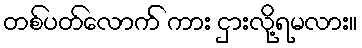
တစ်ပတ်လောက် ကား ငှားလို့ရမလား။